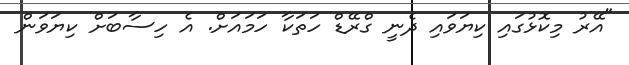
"އޭރު މިކޮޅުގައި ކިޔަވައި ދެނީ ގްރޭޑް ހަތަކާ ހަމައަށް. އެ ހިސާބަށް ކިޔަވަން